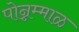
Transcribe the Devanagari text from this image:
पोन्नम्माळ